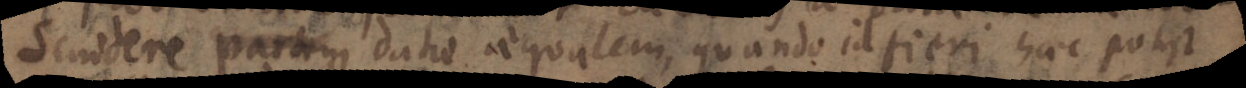
secundere partem datae aequalem, quando id fieri haec potest